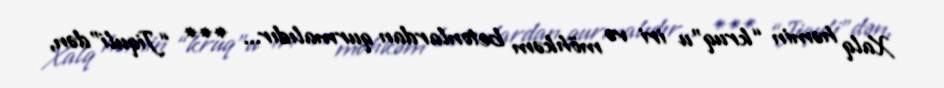
Xalq həmin “kruq”u iri və möhkəm betonlardan qurmalıdır... *** “Jiquli”dən,